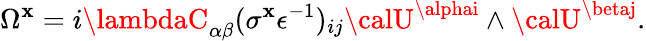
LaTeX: \Omega^{\mathbf{x}}=i\lambdaC_{\alpha\beta}(\sigma^{\mathbf{x}}\epsilon^{-1})_{ij}{\calU}^{\alphai}\wedge{\calU}^{\betaj}.